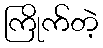
ကြိုက်တဲ့